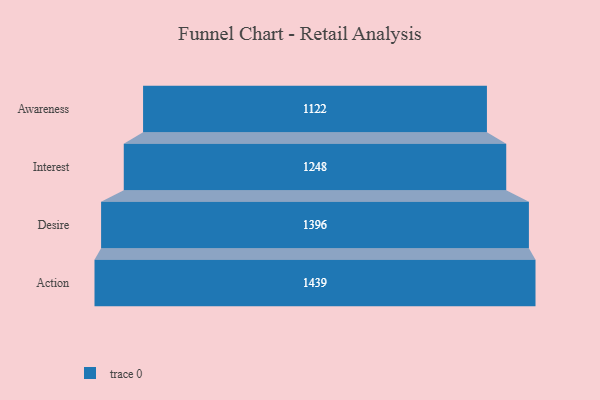
{"axis": {"x": "Stage", "y": "Value"}, "legend": [""], "data": [{"x": "Awareness", "y": 1122.0, "type": ""}, {"x": "Interest", "y": 1248.0, "type": ""}, {"x": "Desire", "y": 1396.0, "type": ""}, {"x": "Action", "y": 1439.0, "type": ""}]}